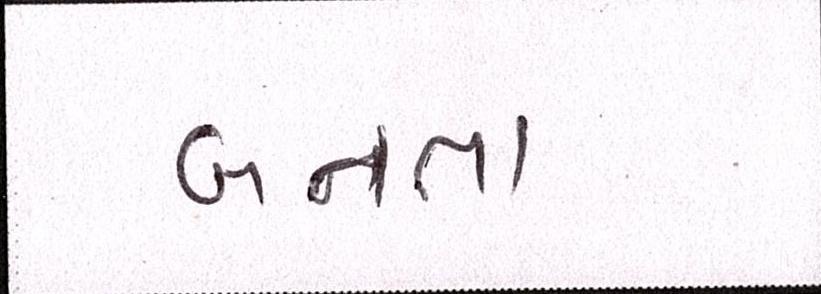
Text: બનતા